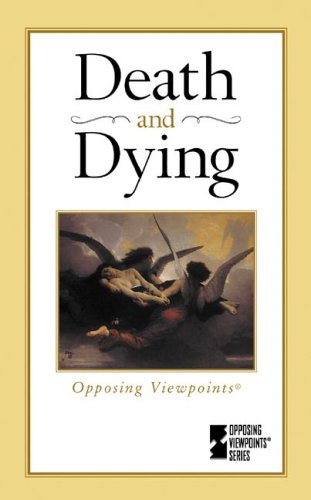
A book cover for Death & Dying (Opposing Viewpoints Series); Teen & Young Adult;